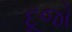
દૂજો